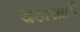
ચકાસાતી